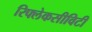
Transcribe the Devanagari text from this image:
रिफ्लेकसीविटी